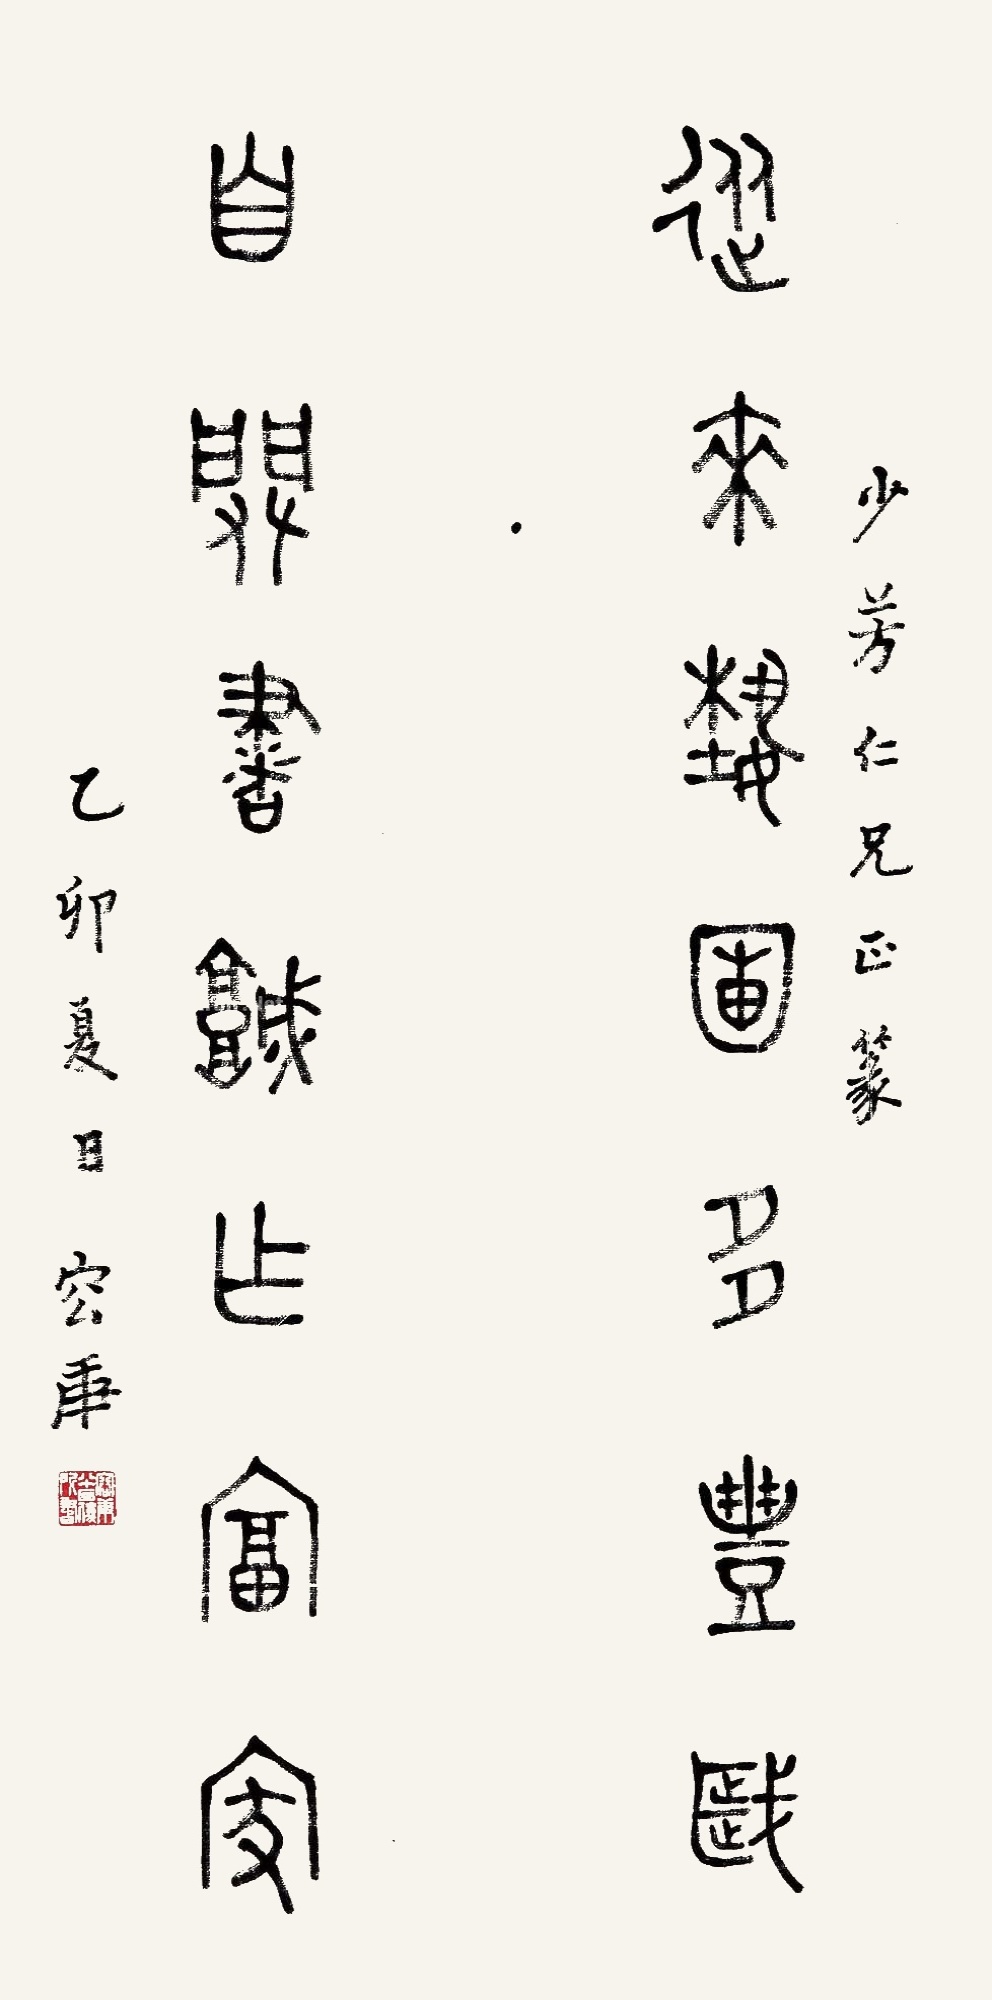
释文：从来艺圃多丰岁，自辟书城作富家。少芳仁兄正篆。乙卯夏日，容庚。